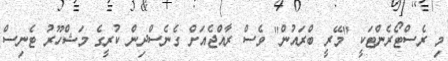
މި ރެސްޓޯރެންޓަކީ "މޭރީ ބްރައުން" ވެސް ރާއްޖެއަށް ގެނެސްދިން ކުރީގެ މަޝްހޫރު ޓެނިސް